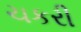
ચકરી